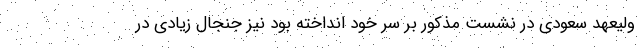
ولیعهد سعودی در نشست مذکور بر سر خود انداخته بود نیز جنجال زیادی در